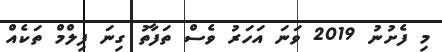
މި ފެށުނު 2019 ވަނަ އަހަރު ވެސް ތަފާތު ގިނަ ފިލްމް ތަކެއް